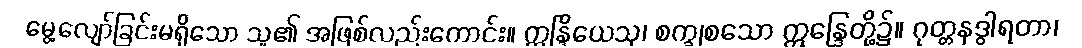
မွေ့လျော်ခြင်းမရှိသော သူ၏ အဖြစ်လည်းကောင်း။ ဣန္ဒြိယေသု၊ စက္ခုစသော ဣန္ဒြေတို့၌။ ဂုတ္တနဒွါရတာ၊